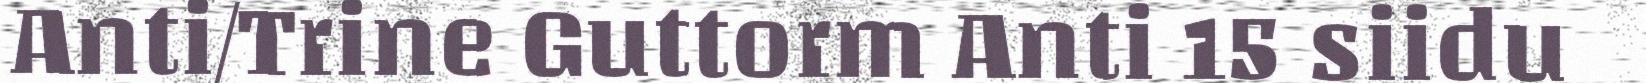
Anti/Trine Guttorm Anti 15 siidu